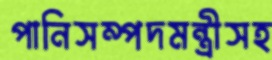
পানিসম্পদমন্ত্রীসহ